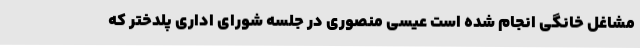
مشاغل خانگی انجام شده است عیسی منصوری در جلسه شورای اداری پلدختر که